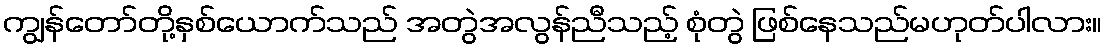
ကျွန်တော်တို့နှစ်ယောက်သည် အတွဲအလွန်ညီသည့် စုံတွဲ ဖြစ်နေသည်မဟုတ်ပါလား။